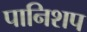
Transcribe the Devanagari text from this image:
पानिशप